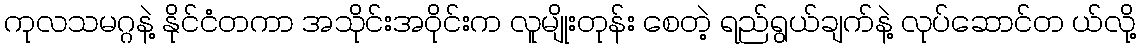
ကုလသမဂ္ဂနဲ့ နိုင်ငံတကာ အသိုင်းအဝိုင်းက လူမျိုးတုန်း စေတဲ့ ရည်ရွယ်ချက်နဲ့ လုပ်ဆောင်တ ယ်လို့